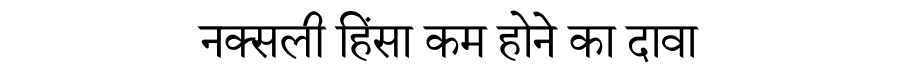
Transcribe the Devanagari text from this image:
नक्सली हिंसा कम होने का दावा